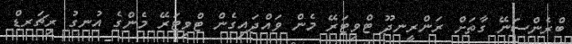
ބްރެންސަނޭ ގާތަށް ރަންރީނދޫ ޓްވިޓަރޭ މެން ވައްދައިގެން ޓްވިޓަރޭ މެންގެ އުނގު ރިޗަރޑް